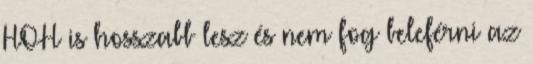
HOH is hosszabb lesz és nem fog beleférni az